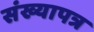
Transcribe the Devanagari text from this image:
संख्यापत्र